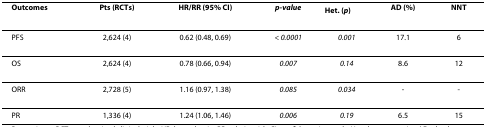
| Outcomes | Pts (RCTs) | HR/RR (95% CI) | p-value | Het. (p) | AD (%) | NNT |
 | --- | --- | --- | --- | --- | --- | --- |
 | PFS | 2,624 (4) | 0.62 (0.48, 0.69) | < 0.0001 | 0.001 | 17.1 | 6 |
 | OS | 2,624 (4) | 0.78 (0.66, 0.94) | 0.007 | 0.14 | 8.6 | 12 |
 | ORR | 2,728 (5) | 1.16 (0.97, 1.38) | 0.085 | 0.034 | - | - |
 | PR | 1,336 (4) | 1.24 (1.06, 1.46) | 0.006 | 0.19 | 6.5 | 15 |